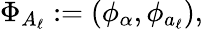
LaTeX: \Phi_{A_{\ell}}:=(\phi_{\alpha},\phi_{a_{\ell}}),